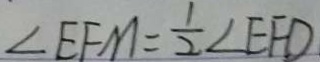
\angle E F M = \frac { 1 } { 2 } \angle E F D